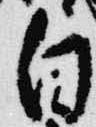
白